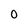
Character: O